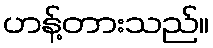
ဟန့်တားသည်။